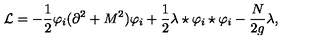
{ \cal L } = - \frac 1 2 \varphi _ { i } ( \partial ^ { 2 } + M ^ { 2 } ) \varphi _ { i } + \frac 1 2 \lambda \star \varphi _ { i } \star \varphi _ { i } - \frac { N } { 2 g } \lambda ,